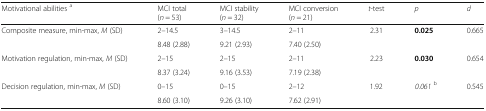
<table><thead><tr><td><b>Motivational abilities <sup>a</sup></b></td><td><b>MCI total(<i>n</i> = 53)</b></td><td><b>MCI stability(<i>n</i> = 32)</b></td><td><b>MCI conversion(<i>n</i> = 21)</b></td><td><b><i>t</i>-test</b></td><td><b><i>p</i></b></td><td><b><i>d</i></b></td></tr></thead><tbody><tr><td rowspan="2">Composite measure, min-max, <i>M</i> (SD)</td><td>2–14.5</td><td>3–14.5</td><td>2–11</td><td rowspan="2">2.31</td><td rowspan="2"><b>0.025</b></td><td rowspan="2">0.665</td></tr><tr><td>8.48 (2.88)</td><td>9.21 (2.93)</td><td>7.40 (2.50)</td></tr><tr><td rowspan="2">Motivation regulation, min-max, <i>M</i> (SD)</td><td>2–15</td><td>2–15</td><td>2–11</td><td rowspan="2">2.23</td><td rowspan="2"><b>0.030</b></td><td rowspan="2">0.654</td></tr><tr><td>8.37 (3.24)</td><td>9.16 (3.53)</td><td>7.19 (2.38)</td></tr><tr><td rowspan="2">Decision regulation, min-max, <i>M</i> (SD)</td><td>0–15</td><td>0–15</td><td>2–12</td><td rowspan="2">1.92</td><td rowspan="2"><i>0.061</i><sup>b</sup></td><td rowspan="2">0.545</td></tr><tr><td>8.60 (3.10)</td><td>9.26 (3.10)</td><td>7.62 (2.91)</td></tr></tbody></table>